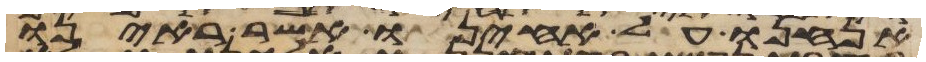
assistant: אנחנו על אחינו אשר ראינו